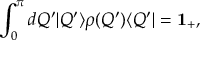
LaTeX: \int _ { 0 } ^ { \pi } d Q ^ { \prime } | Q ^ { \prime } \rangle \rho ( Q ^ { \prime } ) \langle Q ^ { \prime } | = { \bf 1 _ { + } } ,